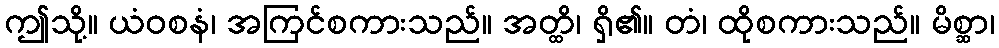
ဤသို့။ ယံဝစနံ၊ အကြင်စကားသည်။ အတ္ထိ၊ ရှိ၏။ တံ၊ ထိုစကားသည်။ မိစ္ဆာ၊